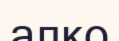
алко